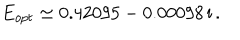
E _ { o p t } \simeq 0 . 4 2 0 9 5 - 0 . 0 0 0 9 8 \, \mathrm { i } \, .